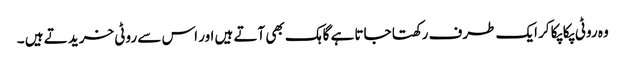
وہ روٹی پکا پکا کر ایک طرف رکھتا جاتا ہے گاہک بھی آتے ہیں اور اس سے روٹی خرید تے ہیں ۔